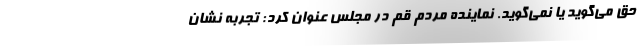
حق می‌گوید یا نمی‌گوید. نماینده مردم قم در مجلس عنوان کرد: تجربه نشان